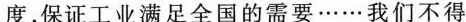
度，保证工业满足全国的需要……我们不得